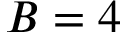
B = 4